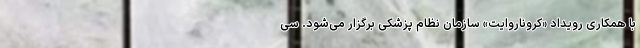
با همکاری رویداد «کروناروایت» سازمان نظام پزشکی برگزار می‌شود. سی